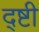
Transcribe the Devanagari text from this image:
द्ष्टी